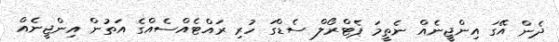
ދެން އޭގަ އިންޖީނެއް ނެތީމަ ޕެޓްރޯލް ސެޑްގަ ހުރި ރައްޓެއްސެއްގެ އަތުން އިންޖީނެއް